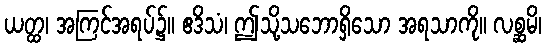
ယတ္ထ၊ အကြင်အရပ်၌။ ဧဒိသံ၊ ဤသို့သဘောရှိသော အရသာကို။ လစ္ဆမိ၊